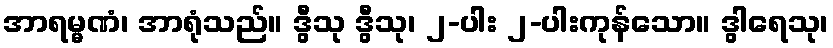
အာရမ္မဏံ၊ အာရုံသည်။ ဒွီသု ဒွီသု၊ ၂-ပါး ၂-ပါးကုန်သော။ ဒွါရေသု၊